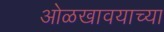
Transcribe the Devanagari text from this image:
ओळखावयाच्या